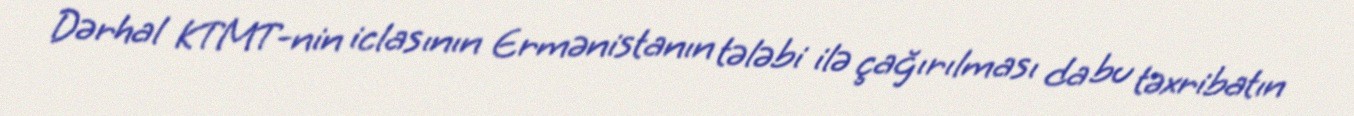
Dərhal KTMT-nin iclasının Ermənistanın tələbi ilə çağırılması da bu təxribatın